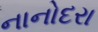
નાનોદરા